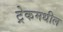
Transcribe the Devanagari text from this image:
ट्रेकमधील